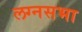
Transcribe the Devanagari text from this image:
लग्नसभा